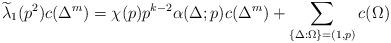
LaTeX: \begin{align*}\widetilde\lambda_1(p^2)c(\Delta^m)=\chi(p)p^{k-2}\alpha(\Delta;p)c(\Delta^m)+\sum_{\{\Delta:\Omega\}=(1,p)}c(\Omega)\end{align*}